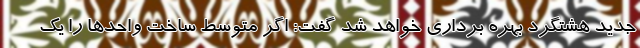
جدید هشتگرد بهره برداری خواهد شد گفت: اگر متوسط ساخت واحدها را یک